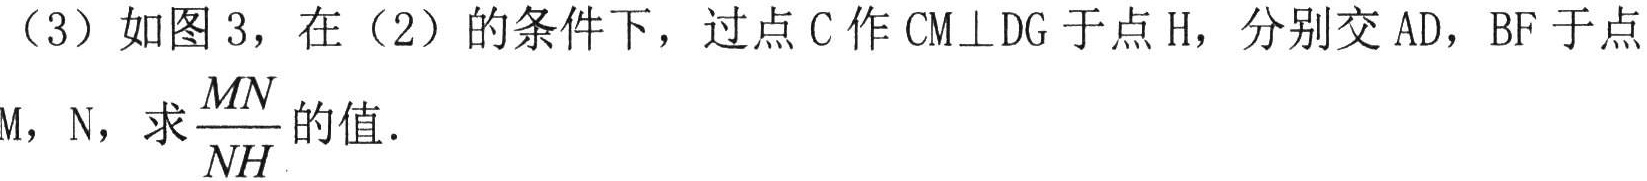
(3) 如图3，在(2)的条件下，过点\(C\)作\(CM\perp DG\)于点\(H\)，分别交\(AD\)，\(BF\)于点
\(M\)，\(N\)，求\(\frac{MN}{NH}\)的值.